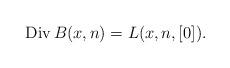
LaTeX: \begin{align*}\operatorname{Div}B(x,n)=L(x,n,[0]).\end{align*}